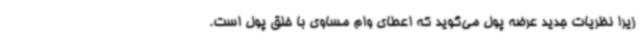
زیرا نظریات جدید عرضه پول می‌گوید که اعطای وام مساوی با خلق پول است.